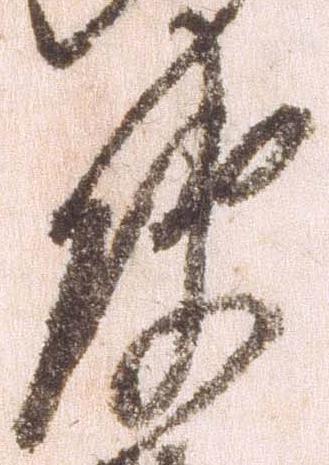
使